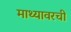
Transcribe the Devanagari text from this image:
माथ्यावरची